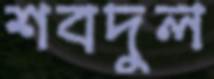
শবদুল